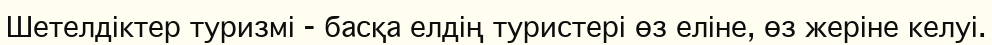
Шетелдіктер туризмі - басқа елдің туристері өз еліне, өз жеріне келуі.